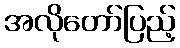
အလိုတော်ပြည့်